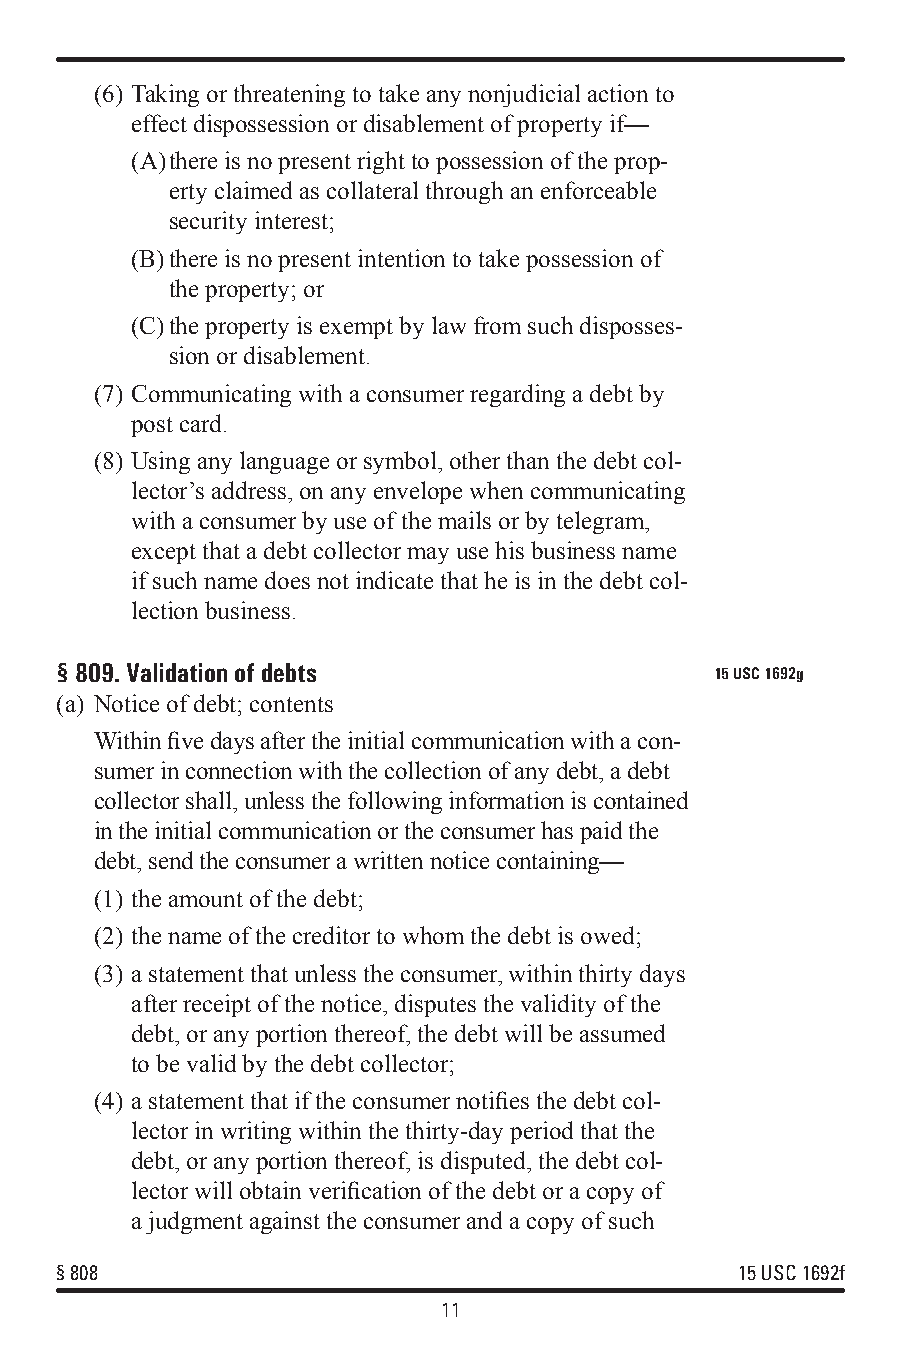
(6) Taking or threatening to take any nonjudicial action to
 effect dispossession or disablement of property if—
 (A) there is no present right to possession of the prop-
 erty claimed as collateral through an enforceable
 security interest;
 (B) there is no present intention to take possession of
 the property; or
 (C) the property is exempt by law from such disposses-
 sion or disablement.
 (7) Communicating with a consumer regarding a debt by
 post card.
 (8) Using any language or symbol, other than the debt col-
 lector’s address, on any envelope when communicating
 with a consumer by use of the mails or by telegram,
 except that a debt collector may use his business name
 if such name does not indicate that he is in the debt col-
 lection business.
 §809. Validation of debts                  15 USC 1692g
 (a) Notice of debt; contents
 Within five days after the initial communication with a con-
 sumer in connection with the collection of any debt, a debt
 collector shall, unless the following information is contained
 in the initial communication or the consumer has paid the
 debt, send the consumer a written notice containing—
 (1) the amount of the debt;
 (2) the name of the creditor to whom the debt is owed;
 (3) a statement that unless the consumer, within thirty days
 after receipt of the notice, disputes the validity of the
 debt, or any portion thereof, the debt will be assumed
 to be valid by the debt collector;
 (4) a statement that if the consumer notifies the debt col-
 lector in writing within the thirty-day period that the
 debt, or any portion thereof, is disputed, the debt col-
 lector will obtain verification of the debt or a copy of
 a judgment against the consumer and a copy of such
 §808                                         15 USC 1692f
 11